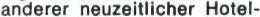
anderer neuzeitlicher Hotel-